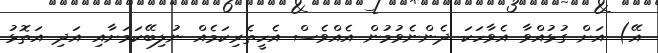
އޭ) އަށް ގުޅުއްވާ އެވާހަކަ ދެންނެވުމުން އެއްވެސް އެހީތެރިކަމެއް ނުލިބޭކަމަށާއި އަދި އަތޮޅު